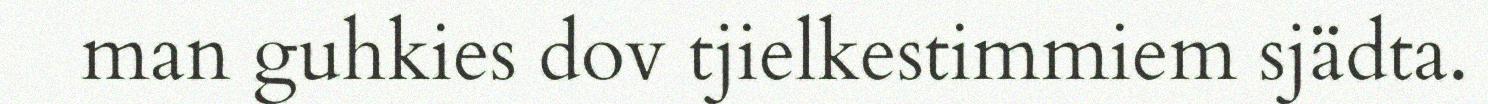
man guhkies dov tjielkestimmiem sjädta.